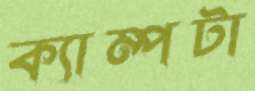
ক্যাম্পটা